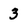
Character: 3